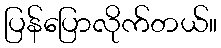
ပြန်ပြောလိုက်တယ်။